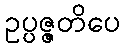
ဥပ္ပဇ္ဇတိပေ